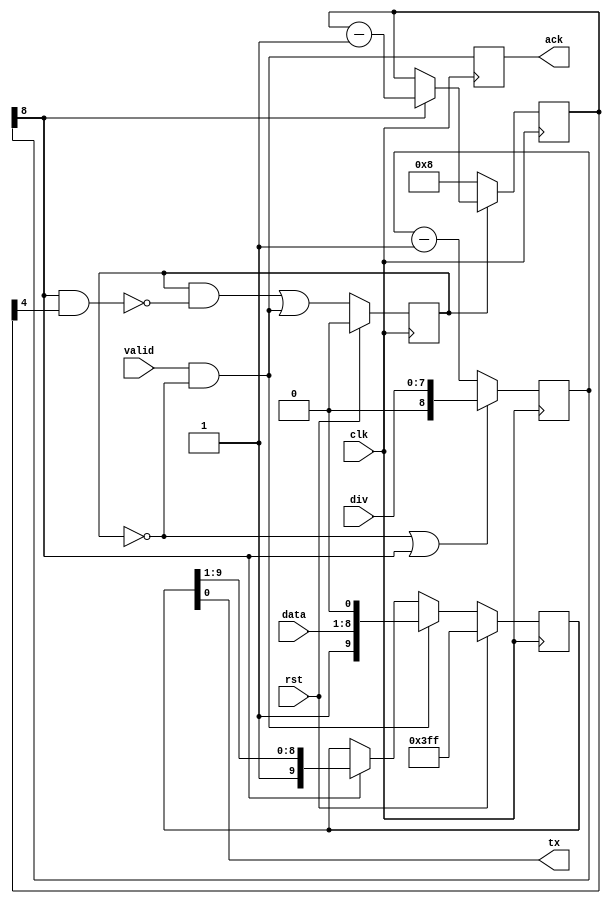
/*
 * uart_tx.v
 *
 * Simple UART 8N1 TX
 *
 * Copyright (C) 2018 Sylvain Munaut
 *
 * vim: ts=4 sw=4
 */

`ifdef SIM
`default_nettype none
`endif

module uart_tx #(
	parameter integer DIV_WIDTH = 8
)(
	input  wire [7:0] data,
	input  wire valid,
	output reg  ack,
	output wire tx,
	input  wire [DIV_WIDTH-1:0] div,
	input  wire clk,
	input  wire rst
);

	// Signals
	wire go, done, ce;
	reg  active;
	reg [9:0] shift;
	reg [DIV_WIDTH:0] div_cnt;
	reg [4:0] bit_cnt;

	// Control
	assign go = valid & ~active;
	assign done = ce & bit_cnt[4];

	always @(posedge clk)
		if (rst)
			active <= 1'b0;
		else
			active <= (active & ~done) | go;

	// Baud rate generator
	always @(posedge clk)
		if (~active | div_cnt[DIV_WIDTH])
			div_cnt <= { 1'b0, div };
		else
			div_cnt <= div_cnt - 1;

	assign ce = div_cnt[DIV_WIDTH];

	// Bit counter
	always @(posedge clk)
		if (~active)
			bit_cnt <= 5'h08;
		else if (ce)
			bit_cnt <= bit_cnt - 1;

	// Shift register
	always @(posedge clk)
		if (rst)
			shift <= 10'h3ff;
		else if (go)
			shift <= { 1'b1, data, 1'b0 };
		else if (ce)
			shift <= { 1'b1, shift[9:1] };

	// Outputs
	always @(posedge clk)
		ack <= go;

	assign tx = shift[0];

endmodule // uart_tx